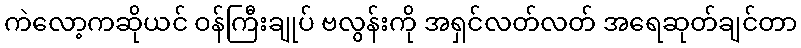
ကဲလော့ကဆိုယင် ဝန်ကြီးချုပ် ဗလွန်းကို အရှင်လတ်လတ် အရေဆုတ်ချင်တာ